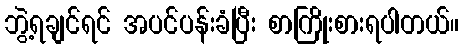
ဘွဲ့ရချင်ရင် အပင်ပန်းခံပြီး စာကြိုးစားရပါတယ်။